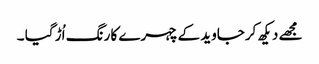
مجھے دیکھ کرجاوید کےچہرے کا رنگ اُڑ گیا ۔